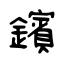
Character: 鑌